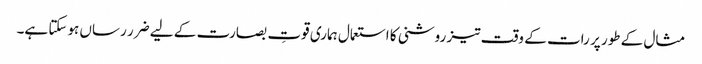
مثال کے طور پر رات کے وقت تیز روشنی کا استعمال ہماری قوتِ بصارت کے لیے ضرر رساں ہوسکتا ہے۔